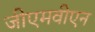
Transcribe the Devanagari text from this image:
जीएमवीएन